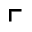
\ulcorner